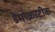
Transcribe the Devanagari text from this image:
डेमोक्राटीक